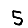
Digit: 5